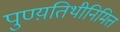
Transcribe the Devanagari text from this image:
पुण्य़तिथीनिमित्त